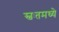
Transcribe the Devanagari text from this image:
स्वःतमध्ये